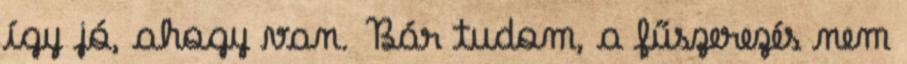
így jó, ahogy van. Bár tudom, a fűszerezés nem